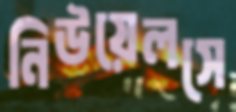
নিউয়েলসে